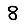
Digit: 8